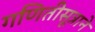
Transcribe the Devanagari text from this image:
गणितीसूत्राने